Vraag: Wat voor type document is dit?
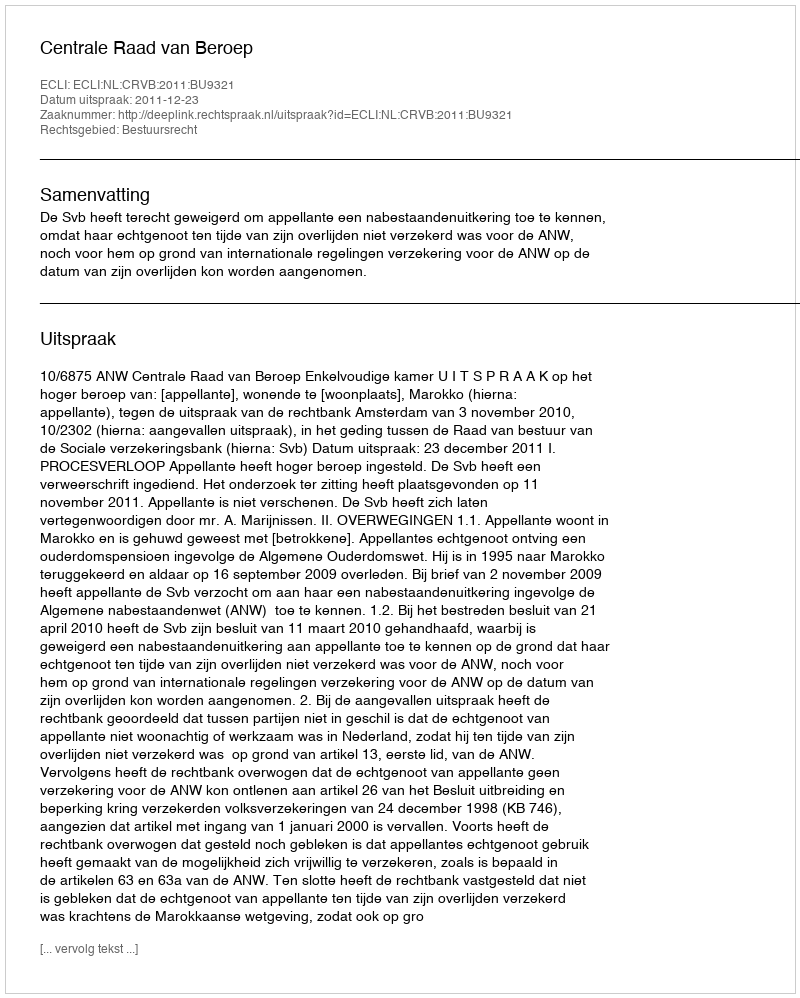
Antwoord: Uitspraak